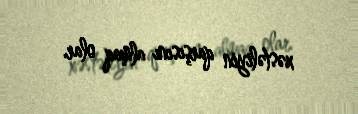
xəstəliyin qarşısını almaq olar.